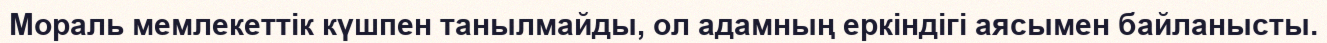
Мораль мемлекеттік күшпен танылмайды, ол адамның еркіндігі аясымен байланысты.